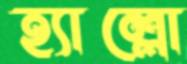
হ্যাল্লো